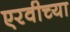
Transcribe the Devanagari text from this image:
एरवीच्या